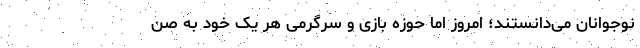
نوجوانان می‌دانستند؛ امروز اما حوزه بازی و سرگرمی هر یک خود به صن